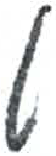
אות: ט